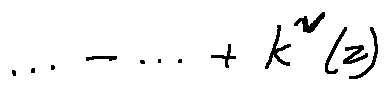
\cdots - \cdots + k ^ { v } ( z )